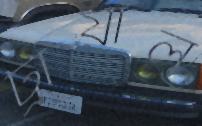
ট্রায়াল